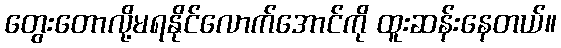
တွေးတောလို့မရနိုင်လောက်အောင်ကို ထူးဆန်းနေတယ်။